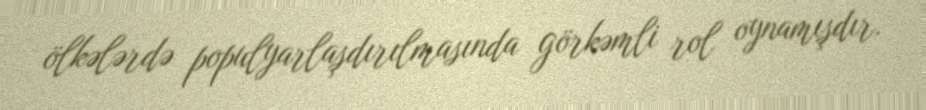
ölkələrdə populyarlaşdırılmasında görkəmli rol oynamışdır.